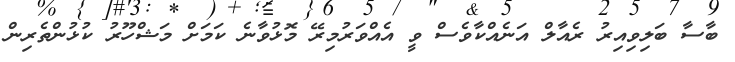
ބާސާ ބަލިވިއިރު ރެއާލް އަނެއްކާވެސް ވީ އެއްވަރުމިރޭ މޮޅުވާނެ ކަމަށް މަޝްހޫރު ކުޅުންތެރިން